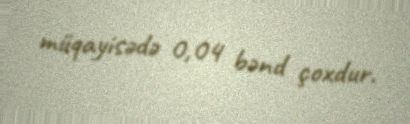
müqayisədə 0,04 bənd çoxdur.